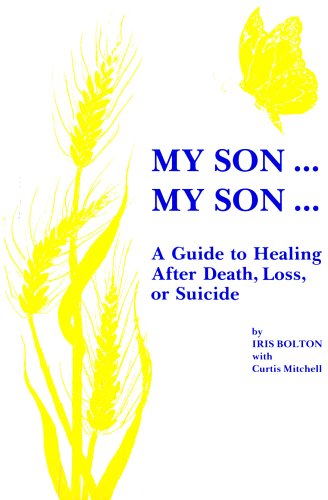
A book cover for My Son . . . My Son . . .: A Guide to Healing After Death, Loss, or Suicide; Iris Bolton; Self-Help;